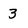
Character: 3